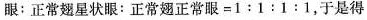
眼：正常翅星状眼：正常翅正常眼=1:1:1:1，于是得